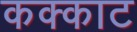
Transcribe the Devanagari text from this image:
कक्काट